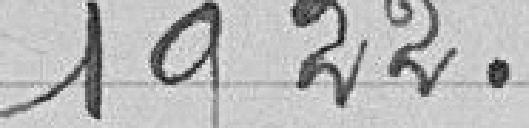
1922